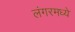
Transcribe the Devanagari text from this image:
लंगरमध्ये